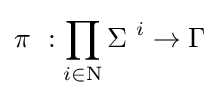
\pi \ :\prod _{i\in \mathrm {N} }\Sigma \ ^{i}\to \Gamma